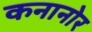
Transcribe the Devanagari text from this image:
कनानोर